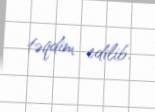
təqdim edilib.